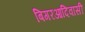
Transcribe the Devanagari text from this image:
बिगरआदिवासी